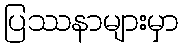
ပြဿနာများမှာ